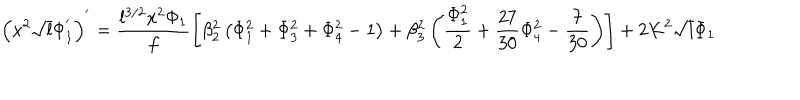
LaTeX: \left( x ^ { 2 } \sqrt { l } \Phi _ { 1 } ^ { ' } \right) ^ { ' } = \frac { l ^ { 3 / 2 } x ^ { 2 } \Phi _ { 1 } } { f } \left[ \beta _ { 2 } ^ { 2 } \left( \Phi _ { 1 } ^ { 2 } + \Phi _ { 3 } ^ { 2 } + \Phi _ { 4 } ^ { 2 } - 1 \right) + \beta _ { 3 } ^ { 2 } \left( \frac { \Phi _ { 1 } ^ { 2 } } { 2 } + \frac { 2 7 } { 3 0 } \Phi _ { 4 } ^ { 2 } - \frac { 7 } { 3 0 } \right) \right] + 2 K ^ { 2 } \sqrt { l } \Phi _ { 1 }